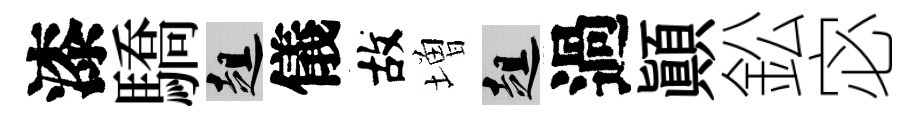
漆驕趄儀故増趄過顛鈆宓